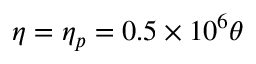
\begin{array} { r } { \eta = \eta _ { p } = 0 . 5 \times 1 0 ^ { 6 } \theta } \end{array}